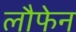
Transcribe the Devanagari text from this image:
लौफेन